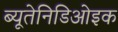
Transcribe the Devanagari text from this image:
ब्यूतेनिडिओइक